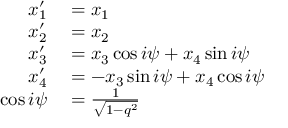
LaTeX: \begin{array} { r l } { x _ { 1 } ^ { \prime } } & { { } = x _ { 1 } } \\ { x _ { 2 } ^ { \prime } } & { { } = x _ { 2 } } \\ { x _ { 3 } ^ { \prime } } & { { } = x _ { 3 } \cos i \psi + x _ { 4 } \sin i \psi } \\ { x _ { 4 } ^ { \prime } } & { { } = - x _ { 3 } \sin i \psi + x _ { 4 } \cos i \psi } \\ { \cos i \psi } & { { } = { \frac { 1 } { \sqrt { 1 - q ^ { 2 } } } } } \end{array}